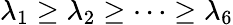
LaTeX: \lambda_{1}\ge\lambda_{2}\ge\cdots\ge\lambda_{6}